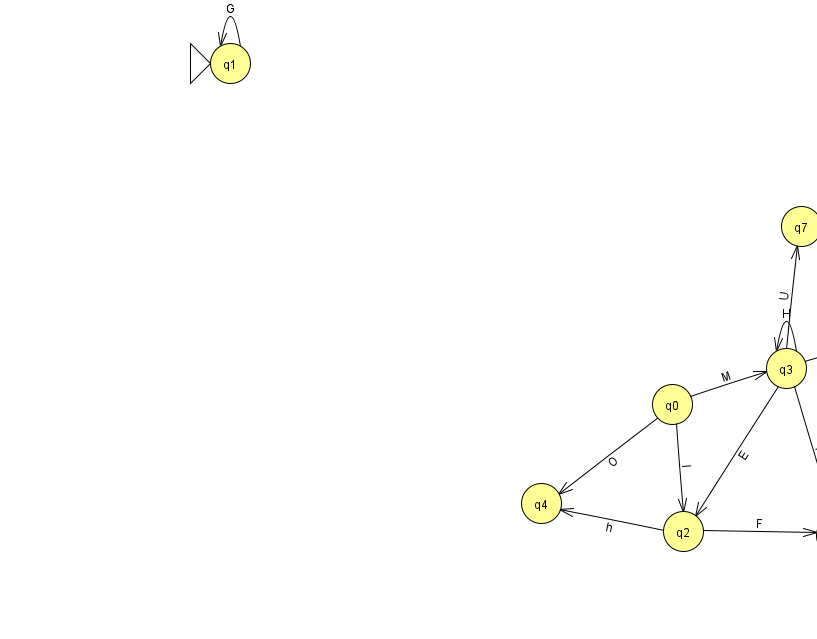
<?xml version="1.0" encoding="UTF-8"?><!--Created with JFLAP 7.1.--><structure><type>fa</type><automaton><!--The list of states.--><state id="0" name="q0"><x>672.0</x><y>391.0</y></state><state id="1" name="q1"><x>230.0</x><y>50.0</y><initial/></state><state id="2" name="q2"><x>683.0</x><y>518.0</y></state><state id="3" name="q3"><x>786.0</x><y>355.0</y></state><state id="4" name="q4"><x>541.0</x><y>490.0</y></state><state id="5" name="q5"><x>934.0</x><y>314.0</y><final/></state><state id="6" name="q6"><x>836.0</x><y>522.0</y></state><state id="7" name="q7"><x>801.0</x><y>213.0</y></state><!--The list of transitions.--><transition><from>3</from><to>6</to><read>r</read></transition><transition><from>0</from><to>3</to><read>M</read></transition><transition><from>3</from><to>7</to><read>U</read></transition><transition><from>1</from><to>1</to><read>G</read></transition><transition><from>0</from><to>4</to><read>O</read></transition><transition><from>2</from><to>4</to><read>h</read></transition><transition><from>3</from><to>3</to><read>H</read></transition><transition><from>2</from><to>6</to><read>F</read></transition><transition><from>3</from><to>2</to><read>E</read></transition><transition><from>0</from><to>2</to><read>I</read></transition><transition><from>3</from><to>5</to><read>c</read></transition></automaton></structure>